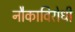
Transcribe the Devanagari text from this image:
नौकाविरोधी